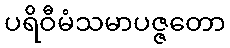
ပရိဝီမံသမာပဇ္ဇတော